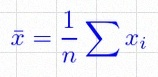
\bar{x}=\frac1n\sum x_i